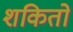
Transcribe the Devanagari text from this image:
शकितो